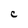
Character: C